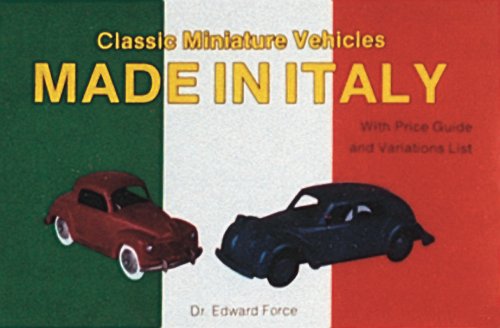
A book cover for Classic Miniature Vehicles: Made in Italy; Edward Force; Crafts, Hobbies & Home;